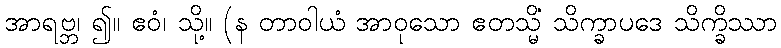
အာရဗ္ဘ၊ ၍။ ဧဝံ၊ သို့။ (န တာဝါယံ အာဝုသော ဧတသ္မိံ သိက္ခာပဒေ သိက္ခိဿာ